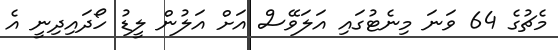
މެޗުގެ 64 ވަނަ މިނެޓުގައި އަލަވޭސް އަށް އަލުން ލީޑު ހޯދައިދިނީ އެ